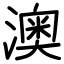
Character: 澳